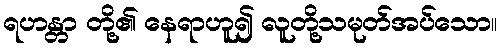
ရဟန္တာ တို့၏ နေရာဟူ၍ လူတို့သမုတ်အပ်သော။